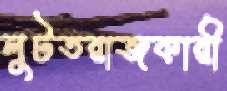
লুটতরাজকারী